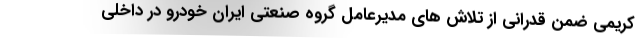
کریمی ضمن قدرانی از تلاش های مدیرعامل گروه صنعتی ایران خودرو در داخلی